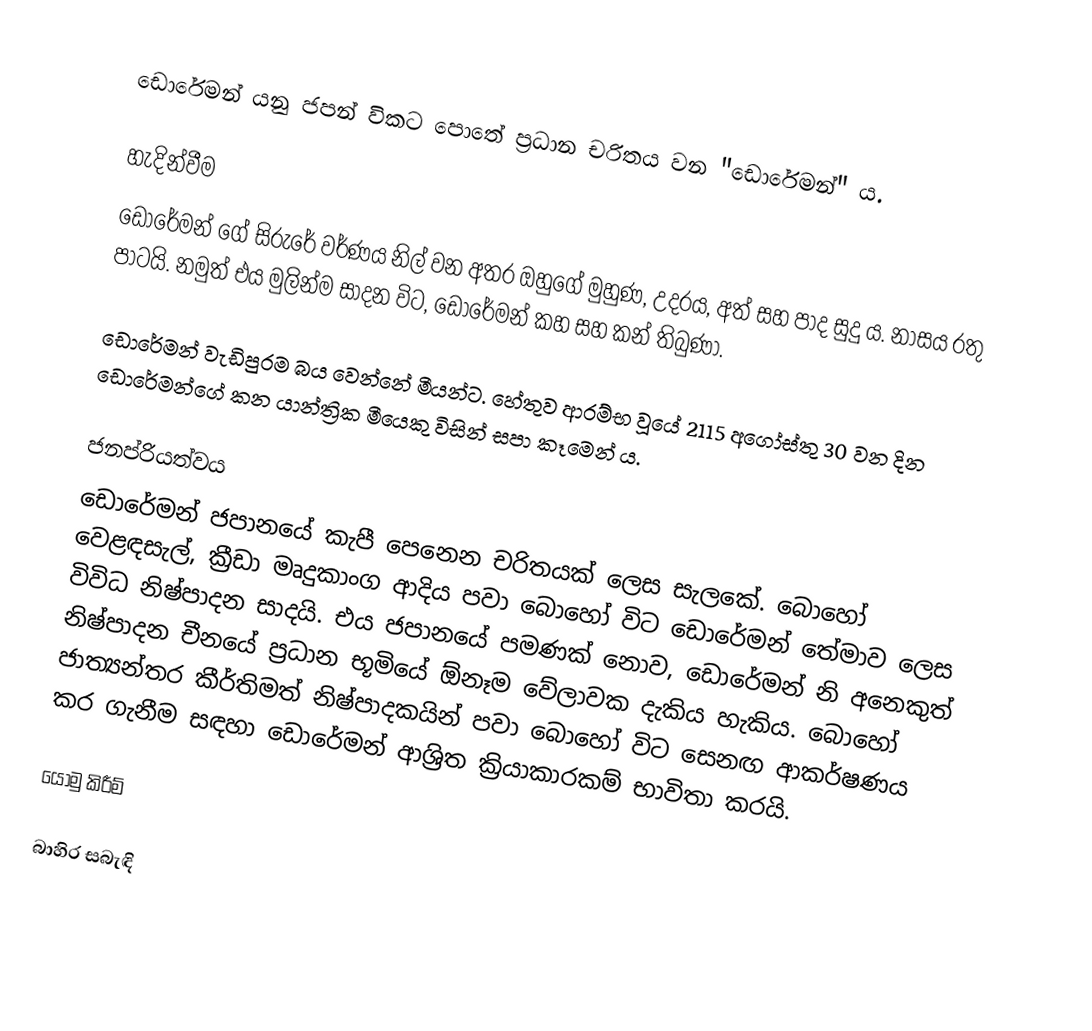
ඩොරේමන් යනු ජපන් විකට පොතේ ප්‍රධාන චරිතය වන "ඩොරේමන්" ය.

හැදින්වීම
ඩොරේමන් ගේ සිරුරේ වර්ණය නිල් වන අතර ඔහුගේ මුහුණ, උදරය, අත් සහ පාද සුදු ය. නාසය රතු පාටයි. නමුත් එය මුලින්ම සාදන විට, ඩොරේමන් කහ සහ කන් තිබුණා.

ඩොරේමන් වැඩිපුරම බය වෙන්නේ මීයන්ට. හේතුව ආරම්භ වූයේ 2115 අගෝස්තු 30 වන දින ඩොරේමන්ගේ කන යාන්ත්‍රික මීයෙකු විසින් සපා කෑමෙන් ය.

ජනප්රියත්වය
ඩොරේමන් ජපානයේ කැපී පෙනෙන චරිතයක් ලෙස සැලකේ. බොහෝ වෙළඳසැල්, ක්‍රීඩා මෘදුකාංග ආදිය පවා බොහෝ විට ඩොරේමන් තේමාව ලෙස විවිධ නිෂ්පාදන සාදයි. එය ජපානයේ පමණක් නොව, ඩොරේමන් නි අනෙකුත් නිෂ්පාදන චීනයේ ප්‍රධාන භූමියේ ඕනෑම වේලාවක දැකිය හැකිය. බොහෝ ජාත්‍යන්තර කීර්තිමත් නිෂ්පාදකයින් පවා බොහෝ විට සෙනඟ ආකර්ෂණය කර ගැනීම සඳහා ඩොරේමන් ආශ්‍රිත ක්‍රියාකාරකම් භාවිතා කරයි.

යොමු කිරීම්

බාහිර සබැඳි